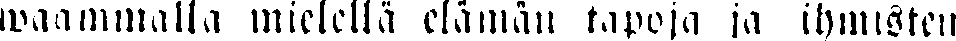
waammalla mielellä elämän tapoja ja ihmisten